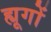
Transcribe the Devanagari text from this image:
ह्यूगों